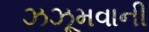
ઝઝૂમવાની